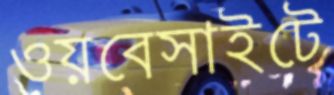
ওয়বেসাইটে